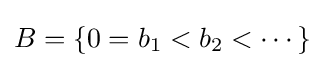
B=\{0=b_{1}<b_{2}<\cdots \}